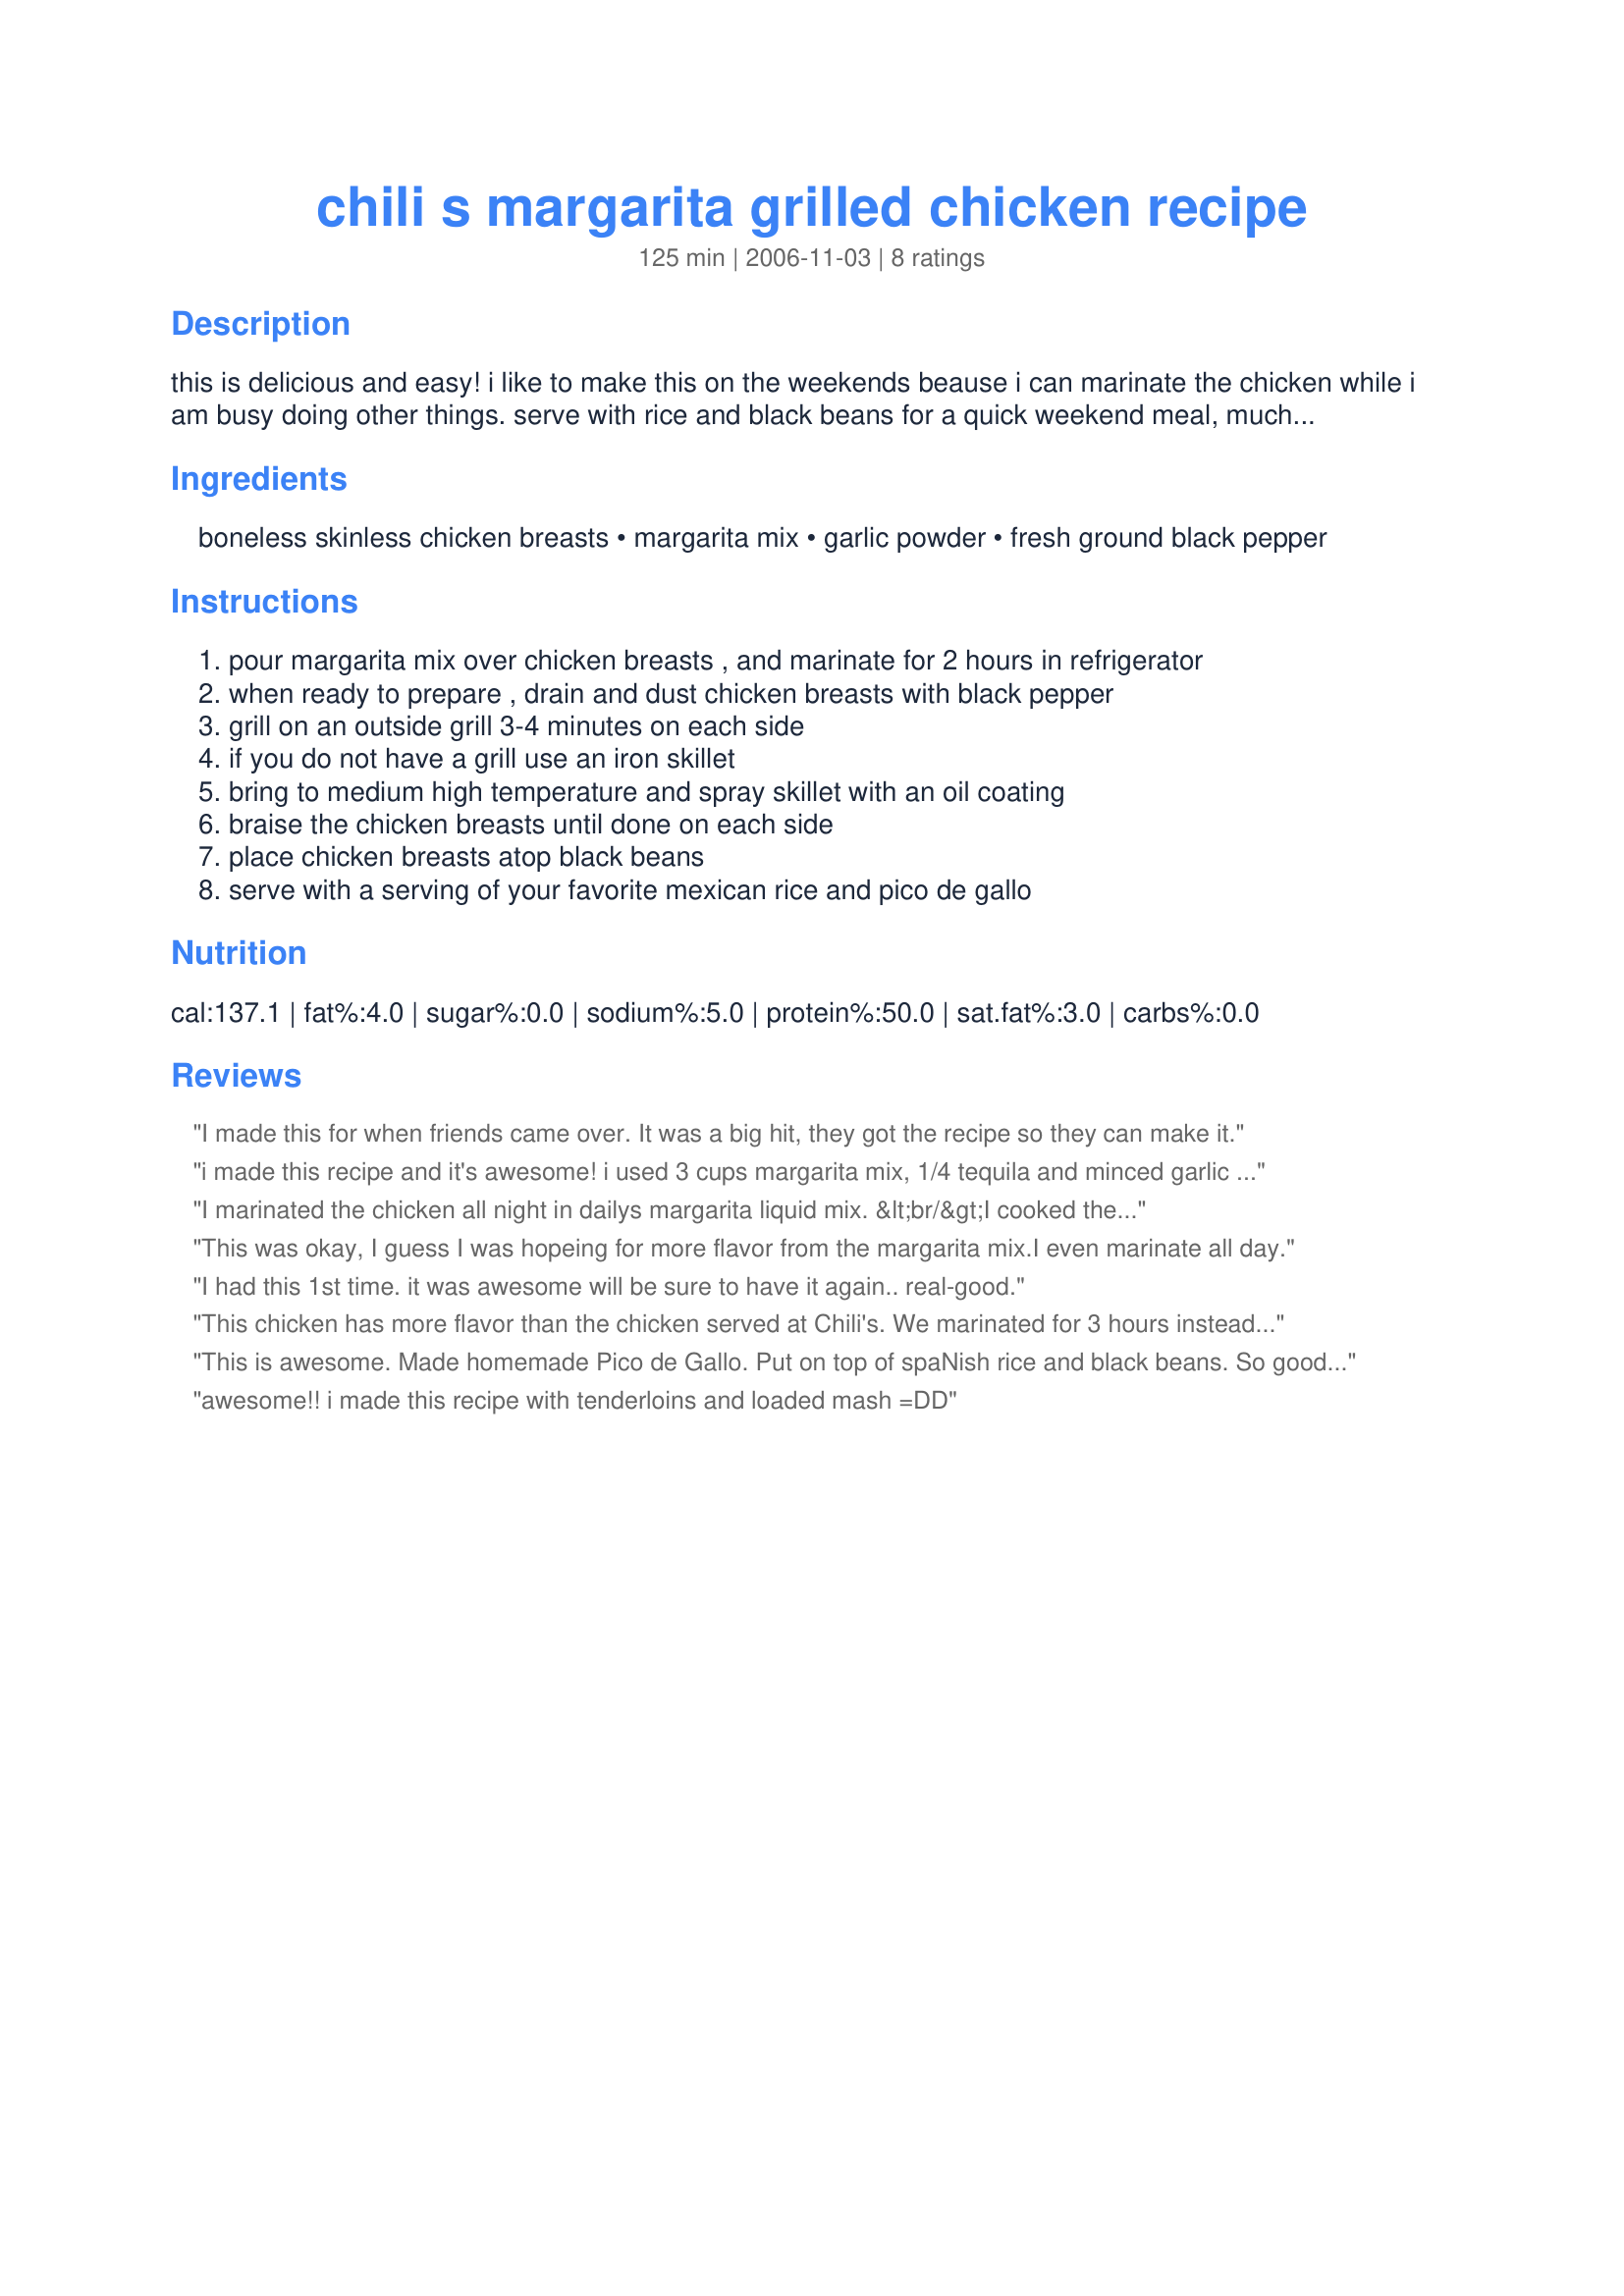
chili s margarita grilled chicken recipe
Preparation time: 125 minutes

this is delicious and easy! i like to make this on the weekends beause i can marinate the chicken while i am busy doing other things. serve with rice and black beans for a quick weekend meal, much cheaper than going out to eat too!

Ingredients:
boneless skinless chicken breasts, margarita mix, garlic powder, fresh ground black pepper

Steps:
pour margarita mix over chicken breasts , and marinate for 2 hours in refrigerator
when ready to prepare , drain and dust chicken breasts with black pepper
grill on an outside grill 3-4 minutes on each side
if you do not have a grill use an iron skillet
bring to medium high temperature and spray skillet with an oil coating
braise the chicken breasts until done on each side
place chicken breasts atop black beans
serve with a serving of your favorite mexican rice and pico de gallo

Reviews:
I made this for when friends came over. It was a big hit, they got the recipe so they can make it.
i made this recipe and it's awesome! i used 3 cups margarita mix, 1/4 tequila and minced garlic and salt to taste and left it for 3 hours, put black pepper. serve with mexican rice, chilis black beans sour cream, pico de gallo and shredded lettuce it came so good just like chilis
I marinated the chicken all night in dailys margarita liquid mix. &lt;br/&gt;I cooked the chicken the next day, it tasted exactly like the mix. &lt;br/&gt;It was very flavorful. However I wasn&#039;t sure how good it would taste with spanish rice and the homemade Pico De Gallo I made because it was very sweet like the margarita mix. &lt;br/&gt;But once I put it all together it tasted really good. I didn&#039;t like it as much plain when I sampled a little taste. But it&#039;s not meant to be plain so that didn&#039;t bother me much. Husband loved it though and I enjoyed it myself :)&lt;br/&gt;I used the Knorr spanish rice and didn&#039;t include any black beans because i&#039;m not a big bean person.
This was okay, I guess I was hopeing for more flavor from the margarita mix.I even marinate all day.
I had this 1st time. it was awesome will be sure to have it again.. real-good.
This chicken has more flavor than the chicken served at Chili's. We marinated for 3 hours instead of 2 hours. We used light Margarita mix as well (only 5 calories per cup). We served with Lipton's Knorr Fiesta Sides "Spanish Rice", a can of black beans mixed with 1/4 cup of medium Picante sauce, and 1 tablespoon of store-bought pico de gallo for garnish. After running the numbers, the whole meal was only about 7 weight watchers points per serving. Very delicious, and awfully healthy, too! Will most definitely make again :).
This is awesome. Made homemade Pico de Gallo. Put on top of spaNish rice and black beans. So good. I like some sliced avacado with mine. You must try it. So easy to make.
awesome!! i made this recipe with tenderloins and loaded mash =DD
